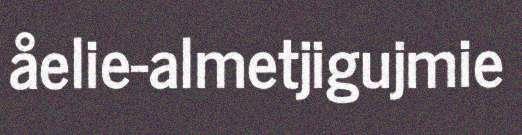
åelie-almetjigujmie